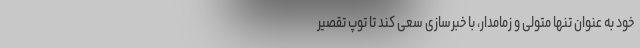
خود به عنوان تنها متولی و زمامدار، با خبرسازی سعی کند تا توپ تقصیر